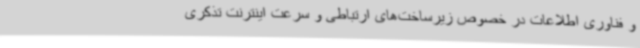
و فناوری اطلاعات در خصوص زیرساخت‌های ارتباطی و سرعت اینترنت تذکری